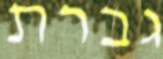
גברת